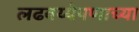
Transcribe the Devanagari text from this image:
लढवय्येपणाच्या